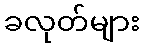
ခလုတ်များ